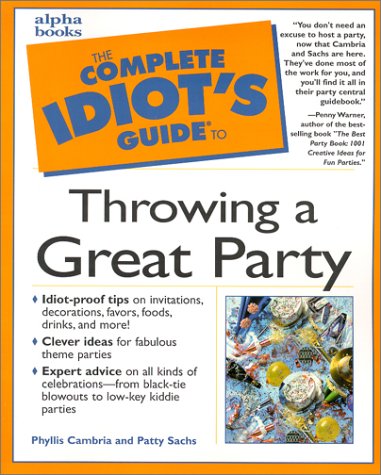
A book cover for Complete Idiot's Guide to Throwing a Great Party; Patty Sachs; Cookbooks, Food & Wine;